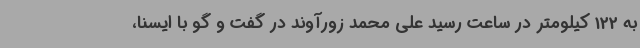
به 122 کیلومتر در ساعت رسید علی محمد زورآوند در گفت و گو با ایسنا،